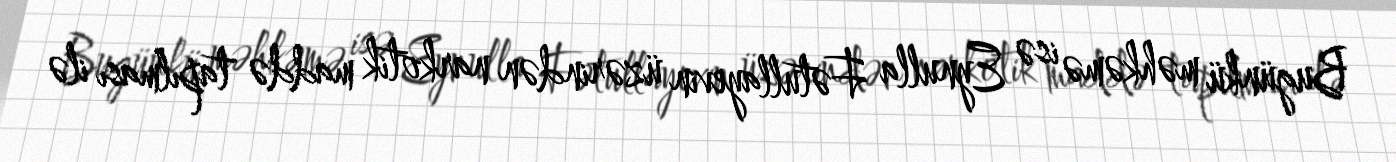
Bugünkü məhkəmə isə Eynulla Fətullayevin üzərindən narkotik maddə tapılması ilə